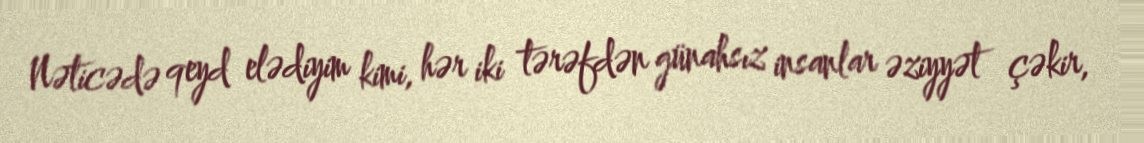
Nəticədə qeyd elədiyim kimi, hər iki tərəfdən günahsız insanlar əziyyət çəkir,